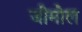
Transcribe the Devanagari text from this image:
जीमोल